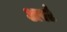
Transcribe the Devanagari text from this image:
अर्स्ट